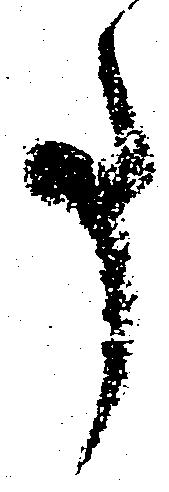
事